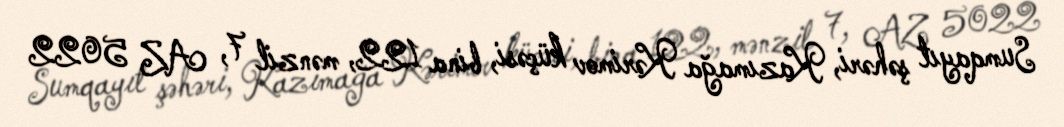
Sumqayıt şəhəri, Kazımağa Kərimov küçəsi, bina 122, mənzil 7, AZ 5022